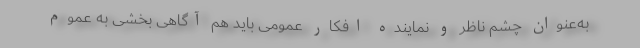
به‌عنوان چشم ناظر و نماینده افکار عمومی باید هم آگاهی بخشی به عموم